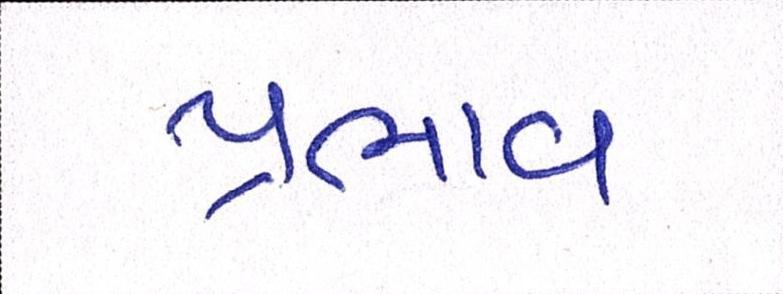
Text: પ્રભાવ